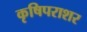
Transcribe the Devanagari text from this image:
कृषिपराशर